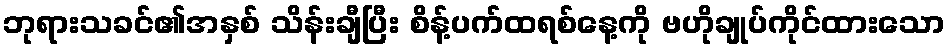
ဘုရားသခင်၏အနှစ် သိန်းချီပြီး စိန့်ပက်ထရစ်နေ့ကို ဗဟိုချုပ်ကိုင်ထားသော